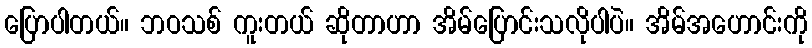
ပြောပါတယ်။ ဘဝသစ် ကူးတယ် ဆိုတာဟာ အိမ်ပြောင်းသလိုပါပဲ။ အိမ်အဟောင်းကို